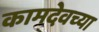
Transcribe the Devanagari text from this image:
कामदेवच्या